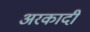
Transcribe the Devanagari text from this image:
अरकादी